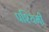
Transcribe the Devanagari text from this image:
पश्यिमी